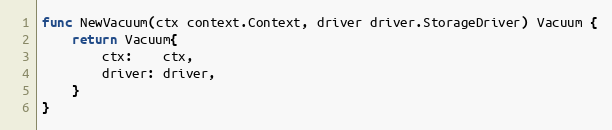
Language: Go
func NewVacuum(ctx context.Context, driver driver.StorageDriver) Vacuum {
	return Vacuum{
		ctx:    ctx,
		driver: driver,
	}
}